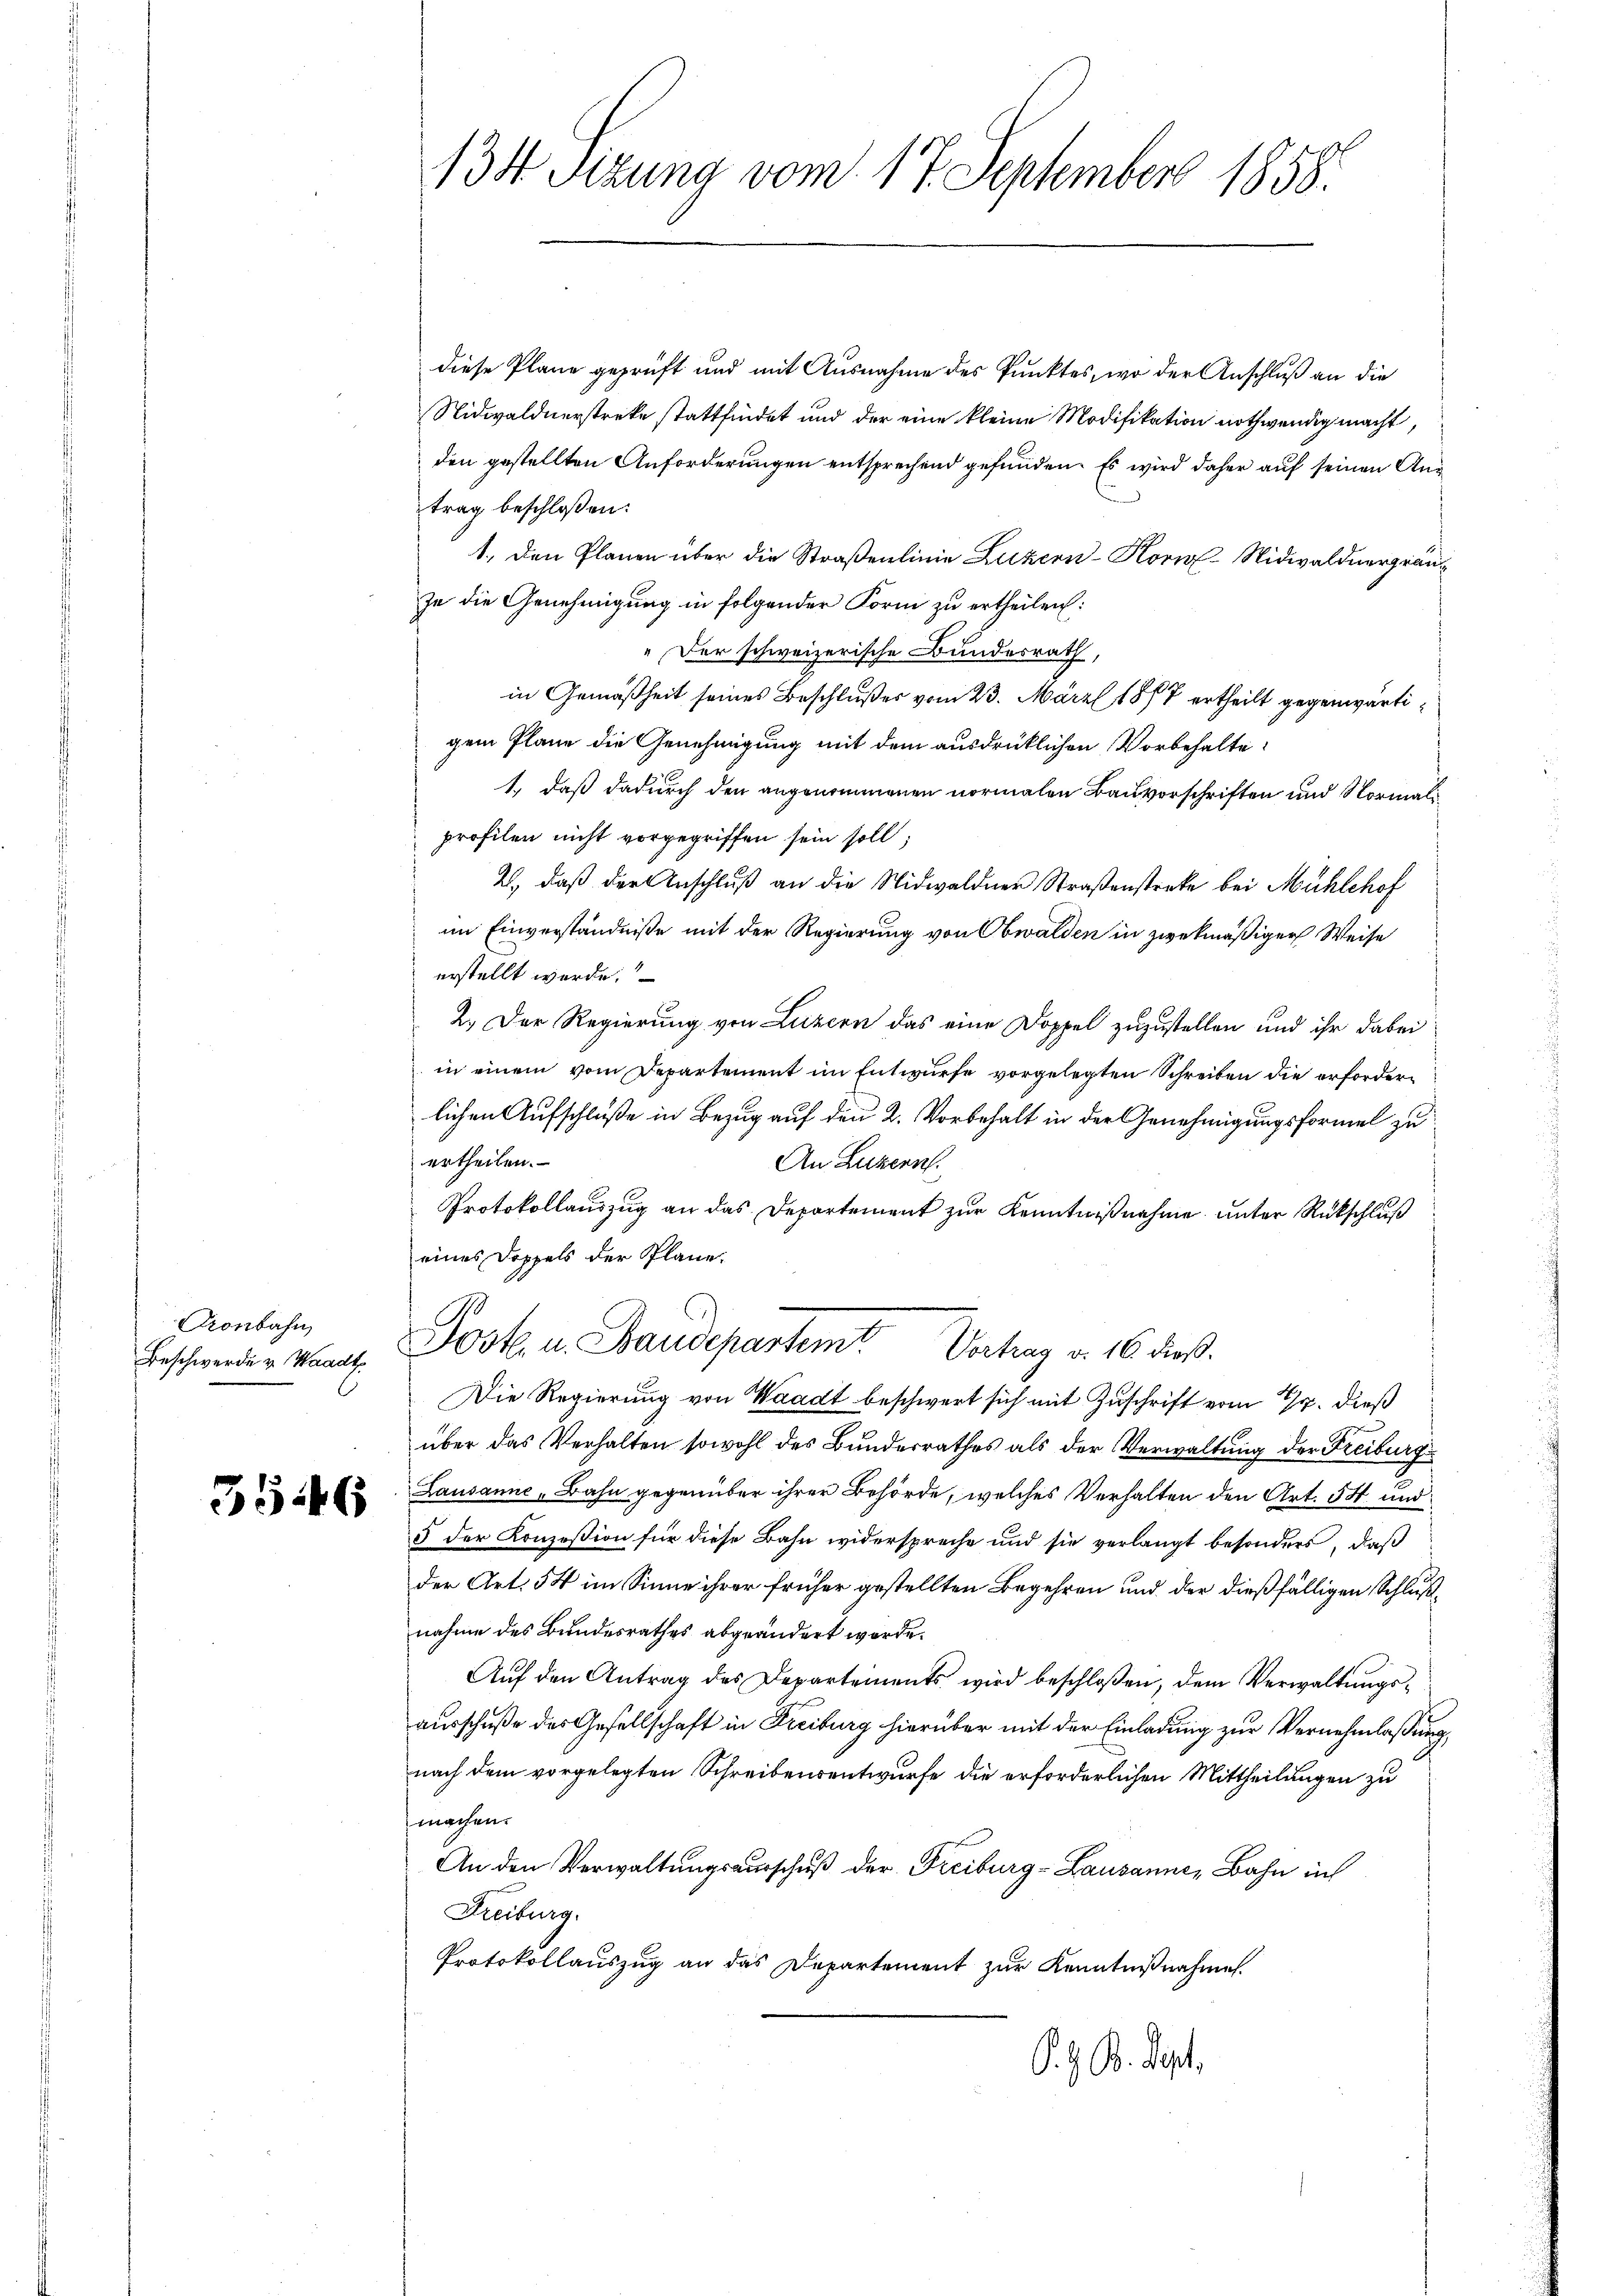
ronbahn

3546

134 Sizung vom 17. September 1858.

diese Pläne geprüft und mit Ausnahme des Punktes, wo der Anschluß an die
Nidwaldnerstreke stattfindet und der eine kleine Modifikation nothwendig macht,
den gestellten Anforderungen entsprechend gefunden. Es wird daher auf seinen Antrag beschloßen:
1. Den Planen über die Straßenlinie Luzern Korn-Nidwaldnergräuze die Genehmigung in folgender Form zu ertheilen:
" Der schweizerische Bundesrath,
in Gemäßheit seines Beschlußes vom 23. März 1877 ertheilt gegenwärtigem Plane die Genehmigung mit dem ausdrücklichen Vorbehalte
1., daß dadurch den angenommenen normalen Bauvorschriften und Normaliprofilen nicht vorgegriffen sein soll;
2., daß der Anschluß an die Nidwaldner Straßenstreke bei Mühlehof
im Einverständniße mit der Regierung von Obwalden in zwekmäßiger Weise
erstellt werde.
2.) Der Regierung von Luzern das eine Doppel zuzustellen und ihr dabei
in einem vom Departement im Entwurfe vorgelegten Schreiben die erforderlichen Aufschluße in Bezug auf den 2. Vorbehalt in der Genehmigungsformel zu
ertheilen.
An Luzern.
Protokollauszug an das Departement zur Kenntnißnahme unter Rückschluß
eines Doppels der Pläne.
B
Beschwerden Monat Jost u. Baudepartemt Vortrag v. 16. dieß.
Die Regierung von Waadt beschwert sich mit Zuschrift vom 7. dieß
über das Verhalten sowohl des Bundesrathes als der Verwaltung der Freiburg
Lausanne „Bahn gegenüber ihrer Behörde, welches Verhalten den Art. 54 und
5 der Konzession für diese Bahn widerspreche und sie verlangt besonders, daß
der Art. 54 im Sinne ihrer früher gestellten Begehren und der dießfälligen Schlußnahme des Bundesrathes abgeändert worde.
Auf den Antrag des Departements wird beschloßen, dem Verwaltungsausschuße des Gesellschaft in Freiburg hierüber mit der Einladung zur Vernehmlassung,
nach dem vorgelegten Schreibensentwurfe die erforderlichen Mittheilungen zu
machen.
An den Verwaltungsausschuß der Freiburg-Lausanne, Bahn in
Freiburg,
Protokollauszug an das Departement zur Kenntnißnahme.
S. z. B. Sept.